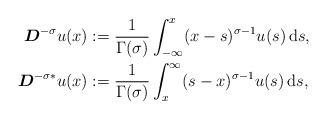
LaTeX: \begin{align*}\boldsymbol{D}^{-\sigma}u(x)&:= \dfrac{1}{\Gamma(\sigma)}\int_{-\infty}^{x}(x-s)^{\sigma -1}u(s) \, {\rm d}s, \\\boldsymbol{D}^{-\sigma * }u(x) &:= \dfrac{1}{\Gamma(\sigma)}\int_{x}^{\infty}(s-x)^{\sigma-1}u(s) \, {\rm d}s, \end{align*}